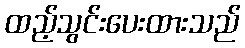
ထည့်သွင်းပေးထားသည်